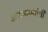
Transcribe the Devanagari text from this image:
अफगाण्यांची